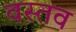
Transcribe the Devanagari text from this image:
वस्तव